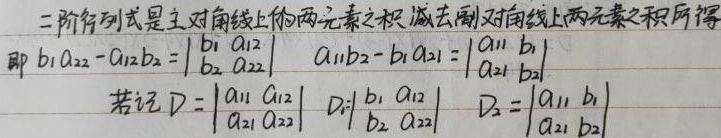
二阶行列式是主对角线上的两元素之积减去副对角线上两元素之积所得，即 \(b_{1}a_{22}-a_{12}b_{2} = \begin{vmatrix}b_{1}&a_{12}\\b_{2}&a_{22}\end{vmatrix}\)，\(a_{11}b_{2}-b_{1}a_{21} = \begin{vmatrix}a_{11}&b_{1}\\a_{21}&b_{2}\end{vmatrix}\)。若记 \(D = \begin{vmatrix}a_{11}&a_{12}\\a_{21}&a_{22}\end{vmatrix}\)，\(D_{1}=\begin{vmatrix}b_{1}&a_{12}\\b_{2}&a_{22}\end{vmatrix}\)，\(D_{2}=\begin{vmatrix}a_{11}&b_{1}\\a_{21}&b_{2}\end{vmatrix}\)。